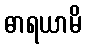
ဓာရယာမိ